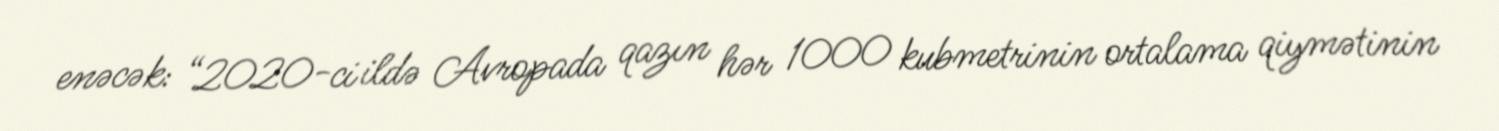
enəcək: “2020-ci ildə Avropada qazın hər 1000 kubmetrinin ortalama qiymətinin